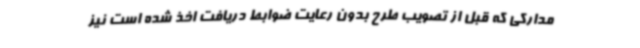
مدارکی که قبل از تصویب طرح بدون رعایت ضوابط دریافت اخذ شده است نیز